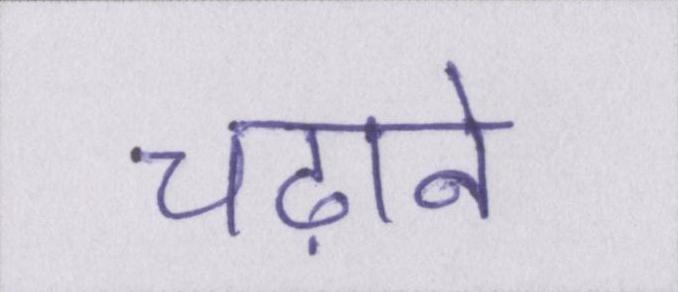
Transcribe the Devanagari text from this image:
चढ़ाने